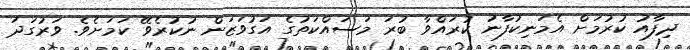
ދިފާއު ކުރުމަށް އެމަނިކުފާނު ކުރައްވާ ބުރަ މަސައްކަތުގެ އަގުވަޒަން ނުކުރެވޭ ކަމަށެވެ. ވަރުގަދަ